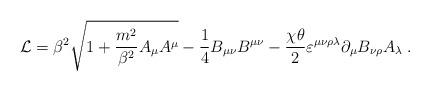
LaTeX: \begin{align*}\mathcal{L}= \beta^2 \sqrt{1+\frac{m^2}{\beta^2}A_\mu A^\mu}-\frac{1}{4} B_{\mu \nu}B^{\mu \nu} - \frac{\chi\theta}{2}\varepsilon^{\mu \nu \rho \lambda }\partial_\mu B_{\nu \rho} A_\lambda\; .\end{align*}